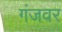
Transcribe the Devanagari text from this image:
गंजवर